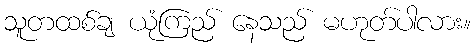
သူတထစ်ချ ယုံကြည် နေသည် မဟုတ်ပါလား။